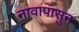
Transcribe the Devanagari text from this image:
नावापासुन